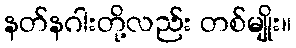
နတ်နဂါးတို့လည်း တစ်မျိုး။